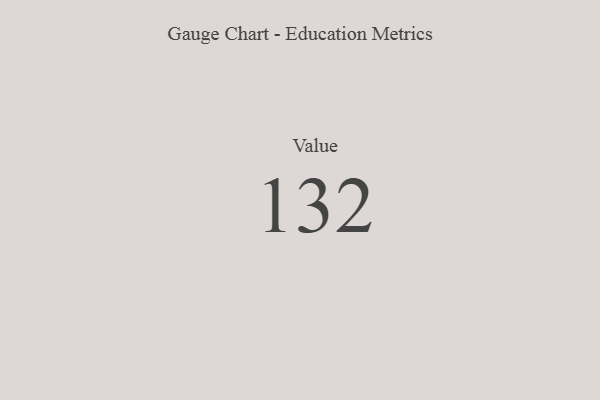
{"axis": {"x": "Metric", "y": "Value"}, "legend": [""], "data": [{"x": "Value", "y": 132, "type": ""}]}